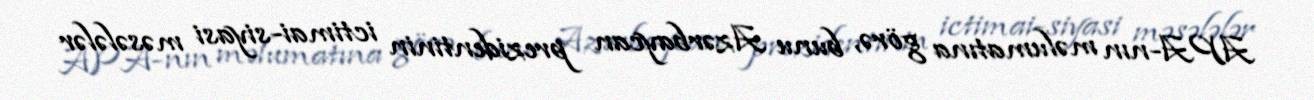
APA-nın məlumatına görə, bunu Azərbaycan prezidentinin ictimai-siyasi məsələlər